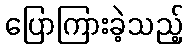
ပြောကြားခဲ့သည့်